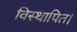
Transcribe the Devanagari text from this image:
विस्थापित।